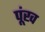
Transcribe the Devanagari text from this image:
पूंख